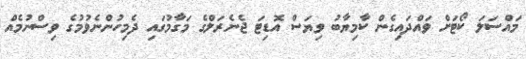
މައްސަލަ ކޯޓަށް ވައްދައިގެން ކާމިޔާބު ވިޔަސް އޮޑިޓަ ޖެނެރަލްގެ މަގާމުގައި ދެމިހުންނެވުމުގެ ވިސްނުމެއް